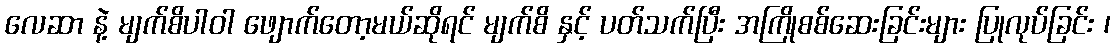
လေဆာ နဲ့ မျက်စိပါဝါ ဖျောက်တော့မယ်ဆိုရင် မျက်စိ နှင့် ပတ်သက်ပြီး အကြိုစစ်ဆေးခြင်းများ ပြုလုပ်ခြင်း ၊